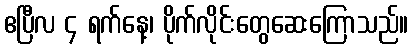
ဧပြီလ ၄ ရက်နေ့၊ ပိုက်လိုင်းတွေဆေးကြောသည်။